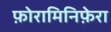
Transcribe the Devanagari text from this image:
फ़ोरामिनिफ़ेरा